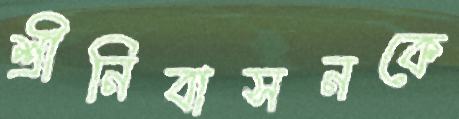
শ্রীনিবাসনকে